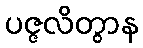
ပဇ္ဇလိတွာန